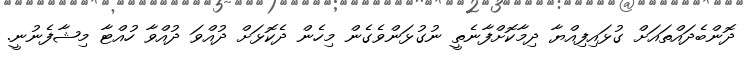
ދޮންބެދައްތައަށް ގުޅައިފިއްޔާ ދިމާކޮށްފާނެތީ ނުގުޅަންވެގެން މިހެން ދެކޮޅަށް ދުއްވަ ދުއްވާ ހުއްޓާ މިޝާފެނުނީ.